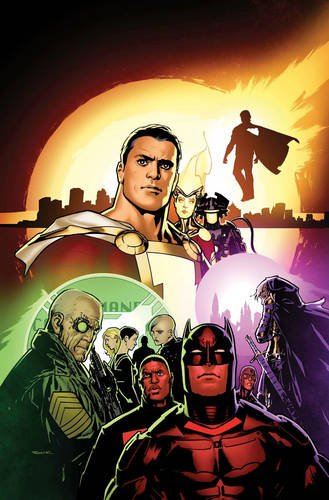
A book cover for The New 52: Futures End Vol. 3; Jeff Lemire; Comics & Graphic Novels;